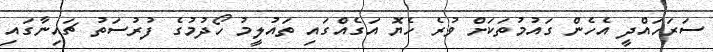
ސަރަހައްދީ އެހެން ގައުމުތަކަށް ވުރެ ހެޔޮ އަގެއްގައި ތައުލީމު ހޯދުމުގެ ފުރުސަތު ޗައިނާގައި